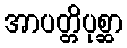
အာပတ္တိပုစ္ဆာ